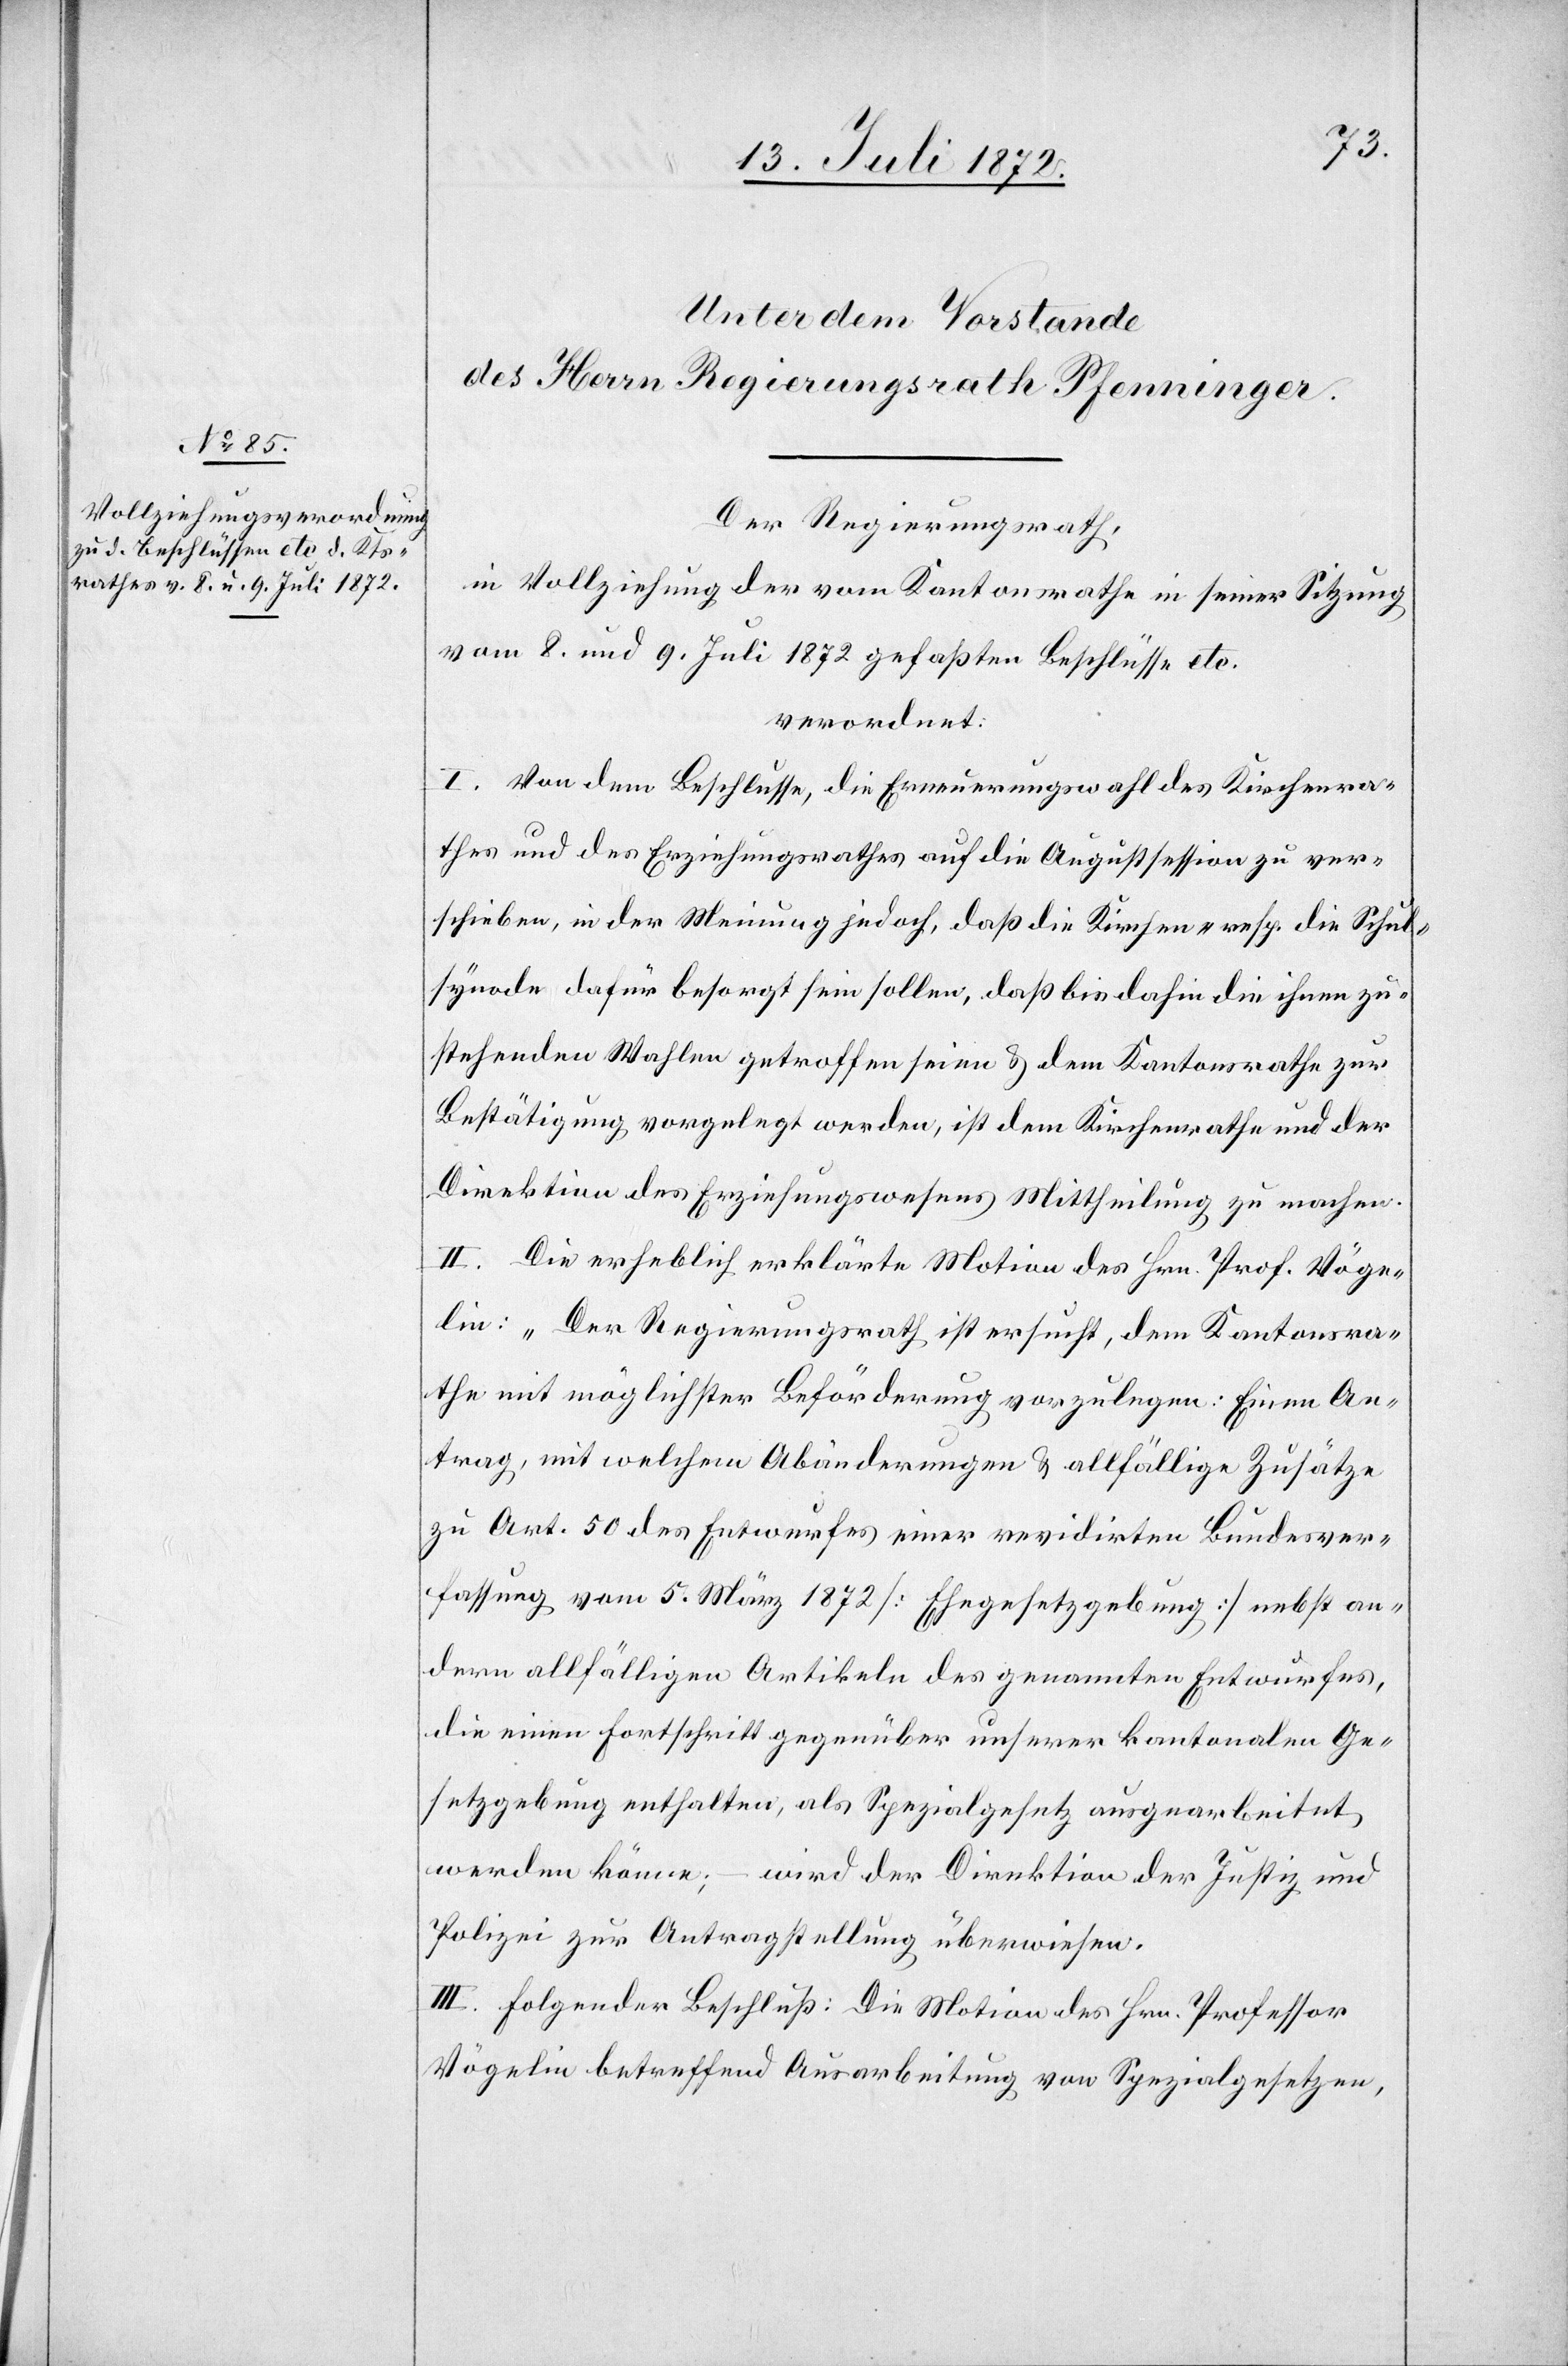
Der Regierungsrath,
in Vollziehung der vom Kantonsrathe in seiner Sitzung
vom 8. und 9. Juli 1872 gefaßten Beschlüsse etc.
verordnet:
I. Von dem Beschlusse, die Erneuerungswahl des Kirchenra¬
thes und des Erziehungsrathes auf die Augustsession zu ver¬
schieben, in der Meinung jedoch, daß die Kirchen- resp. die Schul¬
synode dafür besorgt sein sollen, daß bis dahin die ihnen zu¬
stehenden Wahlen getroffen seien u. dem Kantonsrathe zur
Bestätigung vorgelegt werden, ist dem Kirchenrathe und der
Direktion des Erziehungswesens Mittheilung zu machen.
II. Die erheblich erklärte Motion des Hrn. Prof. Vöge¬
lin: „Der Regierungsrath ist ersucht, dem Kantonsra¬
the mit möglichster Beförderung vorzulegen: Einen An¬
trag, mit welchem Abänderungen u. allfällige Zusätze
zu Art. 50 des Entwurfes einer revidirten Bundesver¬
fassung vom 5. März 1872 [Ehegesetzgebung] nebst an¬
dern allfälligen Artikeln des genannten Entwurfes,
die einen Fortschritt gegenüber unserer kantonalen Ge¬
setzgebung enthalten, als Spezialgesetz ausgearbeitet
werden könne; – wird der Direktion der Justiz und
Polizei zur Antragstellung überwiesen.
III. Folgender Beschluß: Die Motion des Hrn. Professor
Vögelin betreffend Ausarbeitung von Spezialgesetzen,